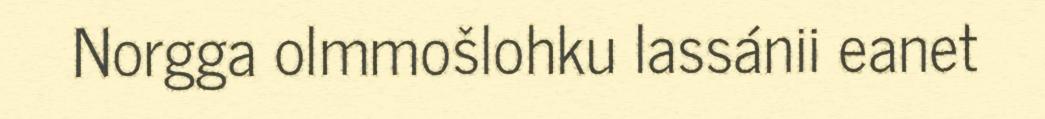
Norgga olmmošlohku lassánii eanet